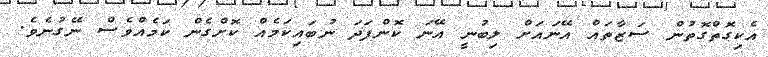
އެކިގޮތްގޮތުން ސަޒާތައް އޭނައަށް ލިބުނީ އޭނަ ކޮންފަދަ ނުބައިކަމެއް ކޮށްގެން ކަމެއްވެސް ނޭގުނެވެ.